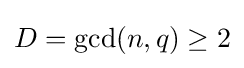
D=\gcd(n,q)\geq 2